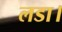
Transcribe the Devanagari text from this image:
लडा।